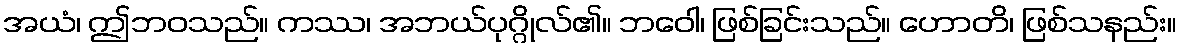
အယံ၊ ဤဘဝသည်။ ကဿ၊ အဘယ်ပုဂ္ဂိုလ်၏။ ဘဝေါ၊ ဖြစ်ခြင်းသည်။ ဟောတိ၊ ဖြစ်သနည်း။